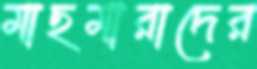
মাছমারাদের